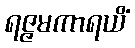
ရဇ္ဇမကာရယိံ